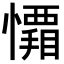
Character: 𭟑